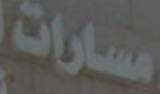
مسارات